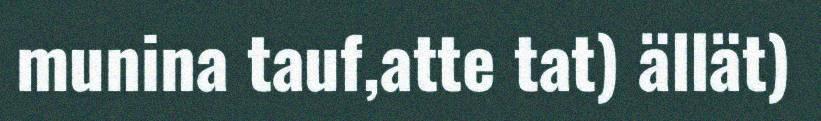
munina tauf,atte tat) ällät)